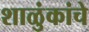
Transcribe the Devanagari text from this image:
शाळुंकांचे